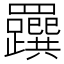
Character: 𦍂